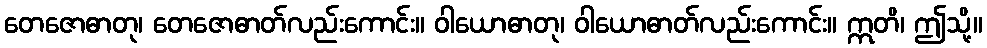
တေဇောဓာတု၊ တေဇောဓာတ်လည်းကောင်း။ ဝါယောဓာတု၊ ဝါယောဓာတ်လည်းကောင်း။ ဣတိ၊ ဤသို့။